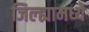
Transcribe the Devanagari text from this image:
जिल्‍ह्यामध्ये